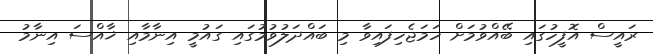
ރައީސް އޮފީހުގައި ބޭއްވުމަށް ހަމަޖެހިފައިވާ މި ބައްދަލުވުމުގައި ގައުމީ އިނާމާއި ޚާއްސަ އިނާމު